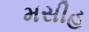
મસીહ